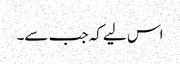
اس لیے کہ جب سے۔